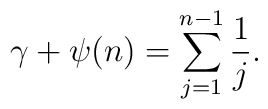
\gamma+\psi(n)=\sum_{j=1}^{n-1}\frac{1}{j}.